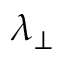
\lambda _ { \perp }